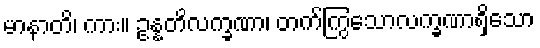
မာနာတိ၊ ကား။ ဥန္နတိလက္ခဏာ၊ တက်ကြွသောလက္ခဏာရှိသော